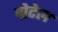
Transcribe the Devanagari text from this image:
ग्रेटेल